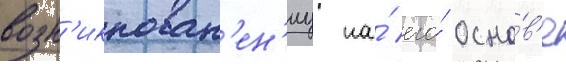
возн'икнован'ен'иу на́ его́ осно́в'е